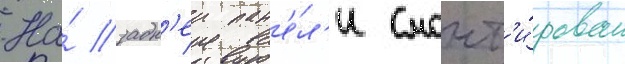
На́ задн'еи пан'е́л'и смонт'и́рован